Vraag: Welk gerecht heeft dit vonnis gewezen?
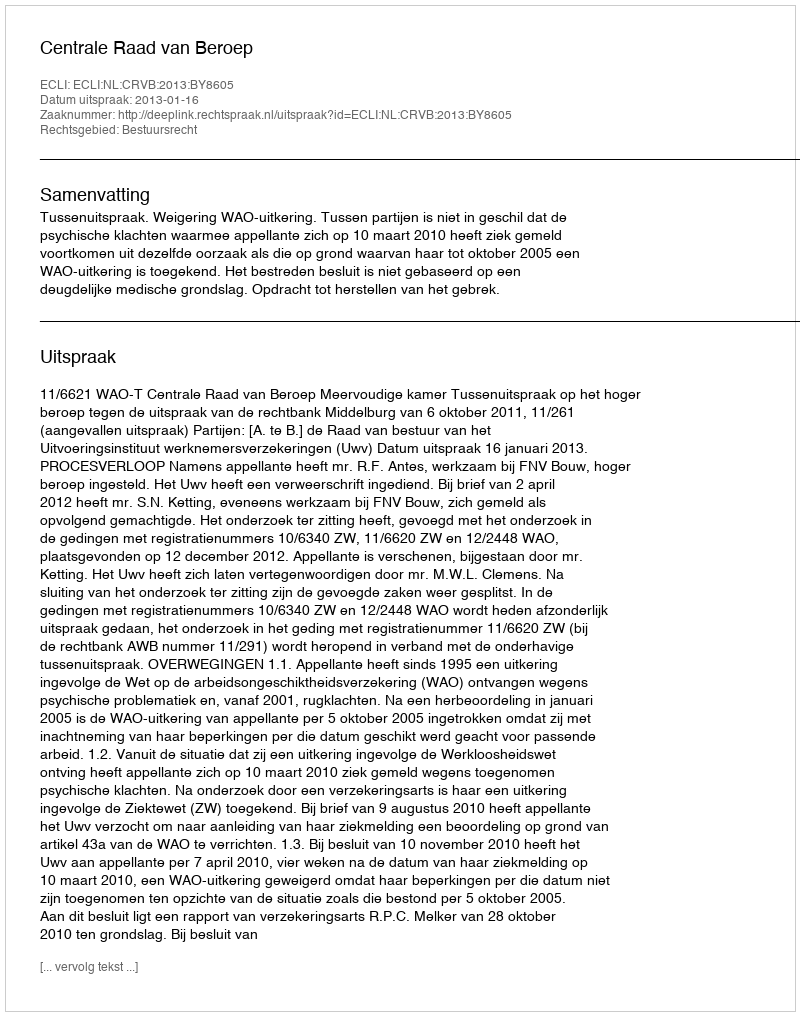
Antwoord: Centrale Raad van Beroep